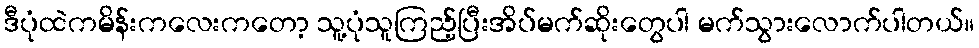
ဒီပုံထဲကမိန်းကလေးကတော့ သူ့ပုံသူကြည့်ပြီးအိပ်မက်ဆိုးတွေပါ မက်သွားလောက်ပါတယ်။